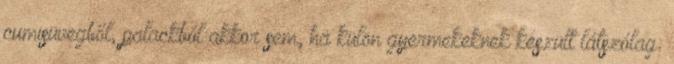
cumisüvegből, palackból akkor sem, ha külön gyermekeknek készült látszólag: